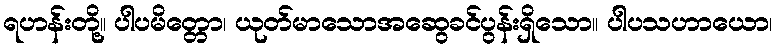
ရဟန်းတို့။ ပါပမိတ္တော၊ ယုတ်မာသောအဆွေခင်ပွန်းရှိသော။ ပါပသဟာယော၊